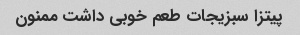
پیتزا سبزیجات طعم خوبی داشت ممنون